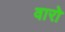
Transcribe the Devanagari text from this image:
वारो